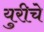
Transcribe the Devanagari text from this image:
युरीचे